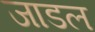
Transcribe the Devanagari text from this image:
जाडल